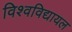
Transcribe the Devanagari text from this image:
विश्‍वविद्यायल